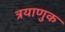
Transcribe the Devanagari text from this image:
त्रयाणुक